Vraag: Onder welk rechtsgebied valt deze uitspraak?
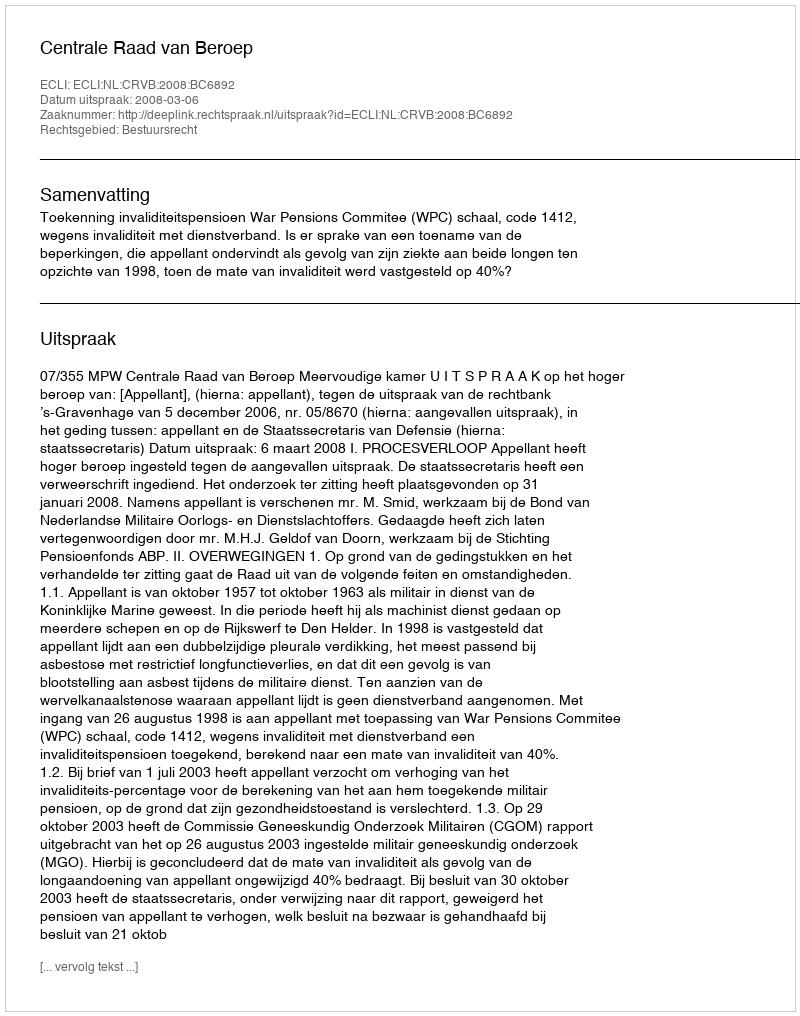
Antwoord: Bestuursrecht